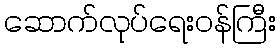
ဆောက်လုပ်ရေးဝန်ကြီး